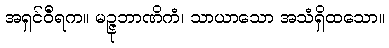
အရှင်ဝီရက။ မဉ္ဇုဘာဏိကံ၊ သာယာသော အသံရှိထသော။